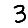
Digit: 3